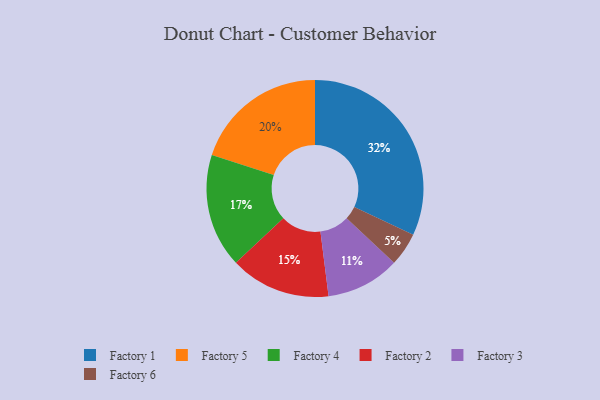
{"axis": {"x": "Category", "y": "Percentage"}, "legend": ["Factory 1", "Factory 2", "Factory 3", "Factory 4", "Factory 5", "Factory 6"], "data": [{"x": "Factory 3", "y": 11, "type": "Factory 3"}, {"x": "Factory 2", "y": 15, "type": "Factory 2"}, {"x": "Factory 1", "y": 32, "type": "Factory 1"}, {"x": "Factory 5", "y": 20, "type": "Factory 5"}, {"x": "Factory 6", "y": 5, "type": "Factory 6"}, {"x": "Factory 4", "y": 17, "type": "Factory 4"}]}